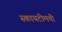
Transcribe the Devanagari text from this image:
स्कायटीमची